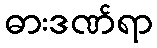
ဓားဒဏ်ရာ